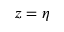
z = \eta